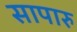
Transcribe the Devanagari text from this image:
सापारु